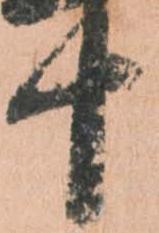
十